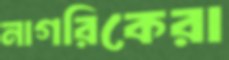
নাগরিকেরা